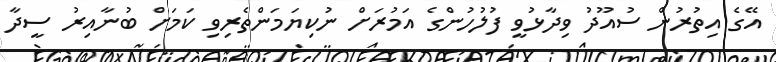
އޭގެ އިތުރުން ސުއޫދު ވިދާޅުވީ ފުލުހުންގެ އަމުރަށް ނުކިޔަމަންތެރިވި ކަމަށް ބުނާއިރު ސީދާ